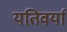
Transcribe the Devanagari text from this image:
यतिवर्या